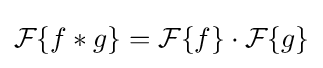
{\mathcal {F}}\{f*g\}={\mathcal {F}}\{f\}\cdot {\mathcal {F}}\{g\}